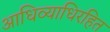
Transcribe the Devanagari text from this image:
आधिव्याधिरहित